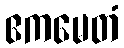
ဧကမေတံ